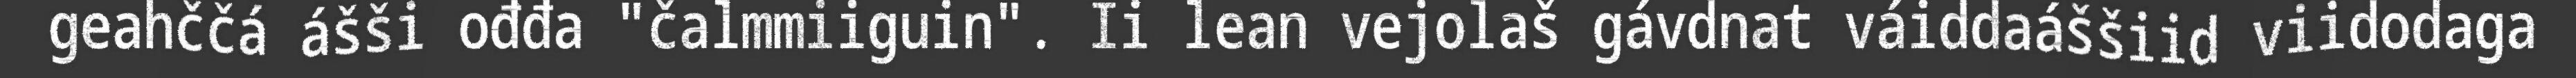
geahččá ášši ođđa "čalmmiiguin". Ii lean vejolaš gávdnat váiddaáššiid viidodaga